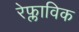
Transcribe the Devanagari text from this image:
रेफ्लाविक